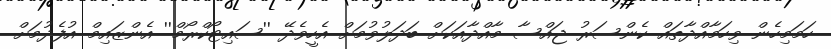
ހަމަމިހެން ވިހަމާއްދާތައް ކެންސަރު ޖައްސާ މާއްދާއަކަށް ބަދަލުވުމަށް އެހީވެދޭ ''ސައިޓޯކްރޯމް'' އެންޒައިމް އުފެދުމަށް